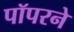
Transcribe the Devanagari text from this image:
पॉपरने